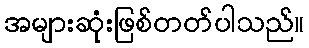
အများဆုံးဖြစ်တတ်ပါသည်။